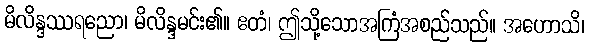
မိလိန္ဒဿရညော၊ မိလိန္ဒမင်း၏။ ဧတံ၊ ဤသို့သောအကြံအစည်သည်။ အဟောသိ၊